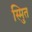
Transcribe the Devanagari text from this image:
स्मुित